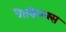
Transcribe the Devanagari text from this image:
गैग्नियक्स